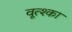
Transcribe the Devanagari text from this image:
वूत्श्का